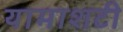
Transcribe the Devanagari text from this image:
यामाशटी